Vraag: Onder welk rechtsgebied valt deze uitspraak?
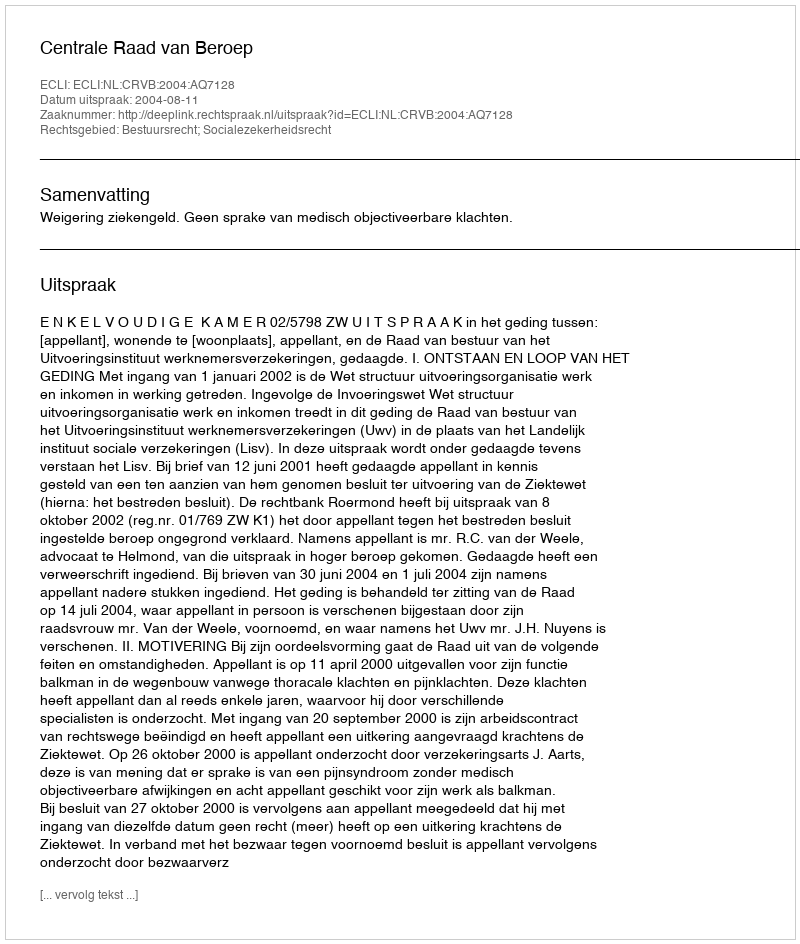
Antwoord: Bestuursrecht; Socialezekerheidsrecht